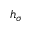
h _ { \sigma }